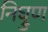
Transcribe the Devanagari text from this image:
निघ्रुण